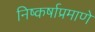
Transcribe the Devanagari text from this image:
निष्कर्षाप्रमाणे